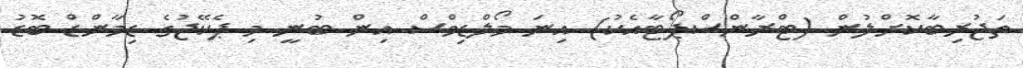
ތަޖުރިބާކޮށްލުން (ޓްރާންސްޕޯޓާއެކު) އިނަ މޯލްޑިވްސް އިން ބުނީ މި ޕެކޭޖުގެ ޑިމާންޑް ބޮޑު